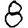
Digit: 8